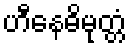
ဟီနေဓိမုတ္တံ